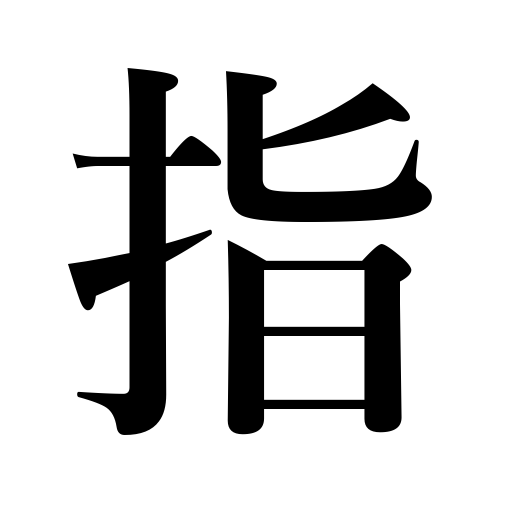
Meanings: hold up an umbrella,measure with a ruler,be tinged with,insert,wear a sword,fix a day,fill,rise,pour into,indicate,designate,offer a cup,put into,flow,move in games,finger,measure and make a box,drop into eyes,proceed to,point to,play,name,play chess or checkers